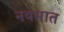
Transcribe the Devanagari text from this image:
नवमात